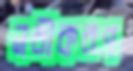
নবীকরণ